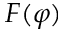
F ( \varphi )